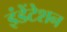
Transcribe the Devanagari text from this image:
इंडेंटेशन